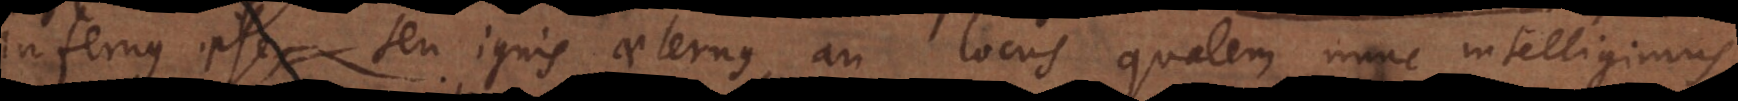
infernus ipse seu ignis aeternus, an locus qualem nunc intelligimus